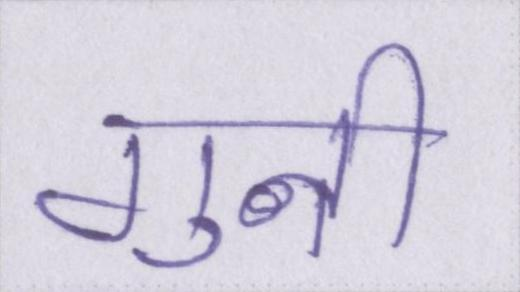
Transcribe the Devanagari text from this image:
गुनी